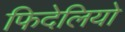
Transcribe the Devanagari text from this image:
फिदेलियो